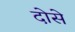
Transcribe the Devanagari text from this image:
दोसे